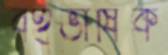
বহুভাষিক